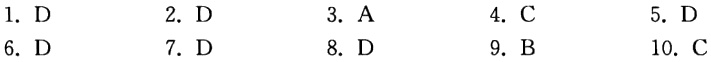
1. D
2. D
3. A
4. C
5. D
6. D
7. D
8. D
9. B
10. C